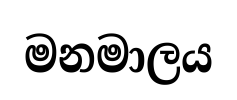
මනමාලය